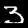
Label: 3